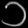
Digit: ၁